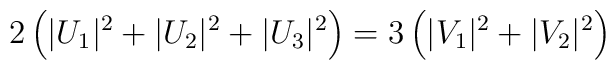
2\left( |U_1|^2+|U_2|^2+|U_3|^2\right) =3\left( |V_1|^2+|V_2|^2\right)